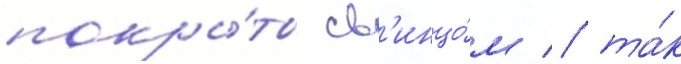
покры́ты св'инцо́м / та́к